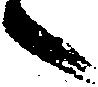
々